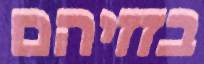
בזזיהם